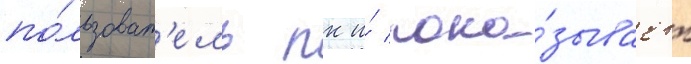
по́льзоват'ель пк и́ пока́зывает